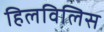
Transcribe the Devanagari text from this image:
हिलविलिस